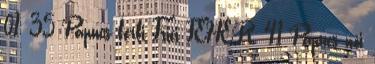
01, 35 Papucs férfi Frici FEHÉR, 41 Papucs női